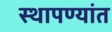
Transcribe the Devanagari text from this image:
स्थापण्यांत